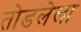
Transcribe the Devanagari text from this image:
तोडलेला